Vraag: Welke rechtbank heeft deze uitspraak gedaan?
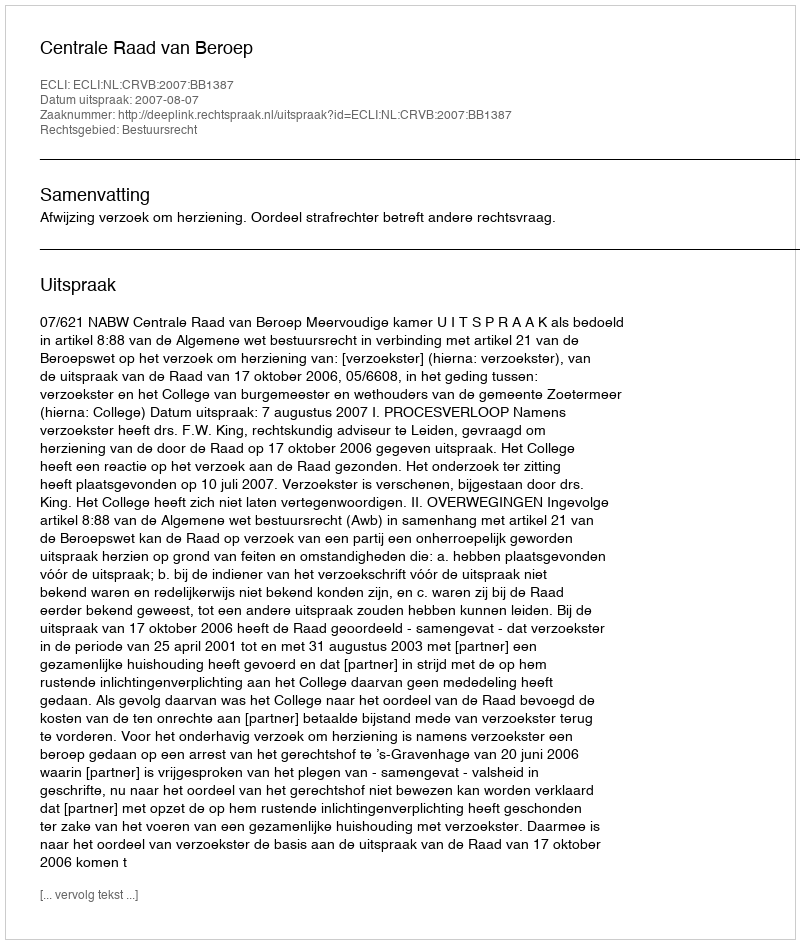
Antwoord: Centrale Raad van Beroep